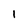
Character: l